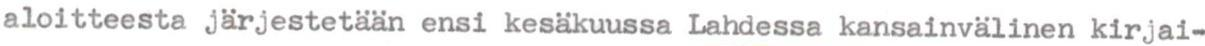
aloitteesta järjestetään ensi kesäkuussa Lahdessa kansainvälinen kirjai-